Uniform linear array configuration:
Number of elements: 8
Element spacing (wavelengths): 0.5
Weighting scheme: binomial
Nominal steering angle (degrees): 45
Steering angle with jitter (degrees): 45.821
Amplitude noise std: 0.05
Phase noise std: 0.05

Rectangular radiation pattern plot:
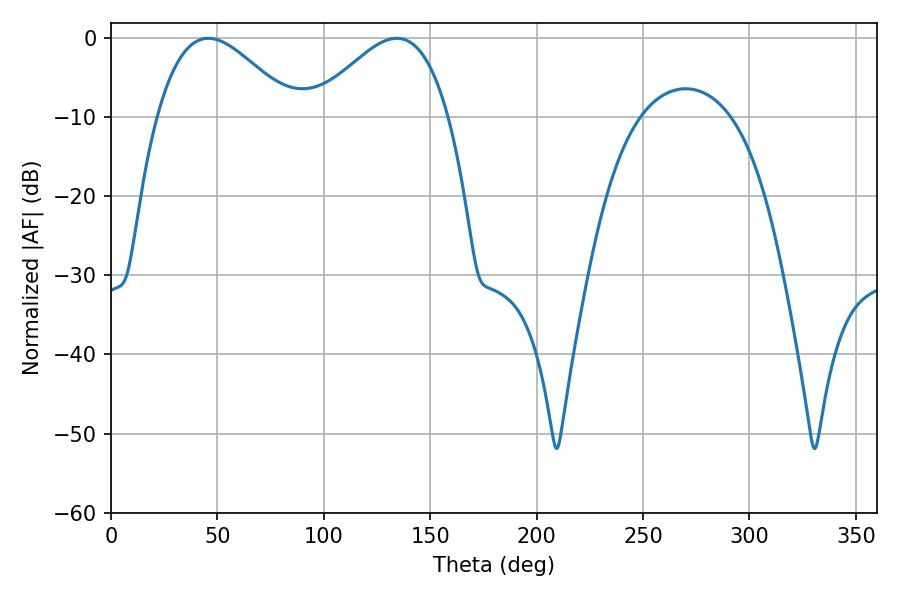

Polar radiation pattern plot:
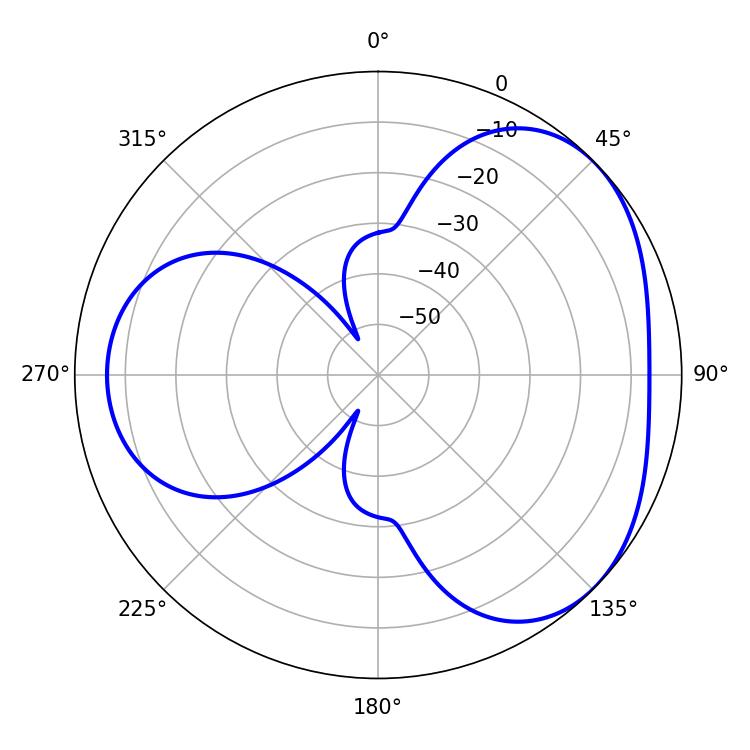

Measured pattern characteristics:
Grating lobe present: FALSE
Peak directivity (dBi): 3.692
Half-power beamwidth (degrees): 34.2
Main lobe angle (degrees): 45.72